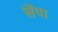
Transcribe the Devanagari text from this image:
सेंपा